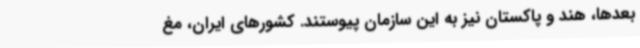
بعدها، هند و پاکستان نیز به این سازمان پیوستند. کشورهای ایران، مغ